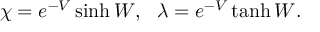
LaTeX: \chi = e ^ { - V } \sinh W , ~ ~ \lambda = e ^ { - V } \operatorname { t a n h } W .